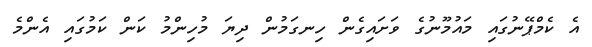
އެ ކެމްޕޭނުގައި މައުމޫނުގެ ވަށައިގެން ހިނގަމުން ދިޔަ މުހިންމު ކަން ކަމުގައި އެންމެ